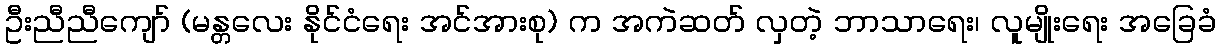
ဦးညီညီကျော် (မန္တလေး နိုင်ငံရေး အင်အားစု) က အကဲဆတ် လှတဲ့ ဘာသာရေး၊ လူမျိုးရေး အခြေခံ